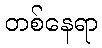
တစ်နေရာ